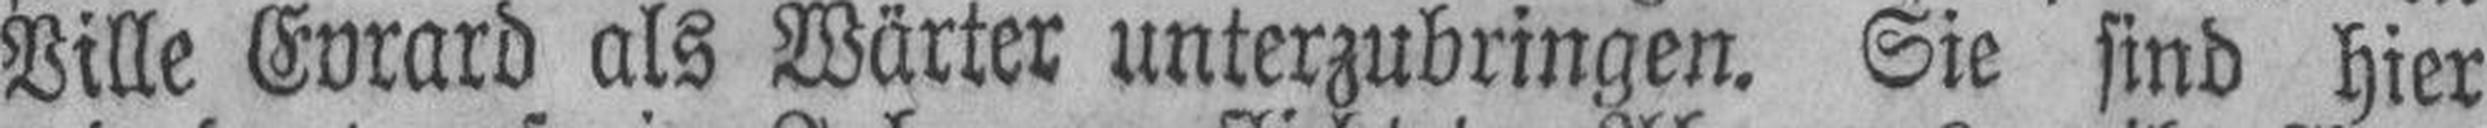
Ville Evrard als Wärter unterzubringen. Sie sind hier